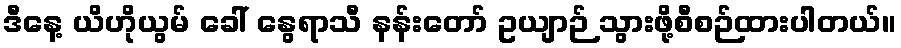
ဒီနေ့ ယိဟိုယွမ် ခေါ် နွေရာသီ နန်းတော် ဥယျာဉ် သွားဖို့စီစဉ်ထားပါတယ်။